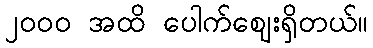
၂၀၀၀ အထိ ပေါက်ဈေးရှိတယ်။